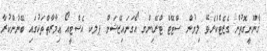
ޤާނޫނީގޮތުން ގެޒެޓްކުރެވޭ ލިޔުން ސްޓޭޓް ޓްރޭޑިންގ އޯގަނައިޒޭޝަން ޕލކ އެސްޓީއޯ ޢިމާރާތްތަކުގައި ބޭނުންކުރާ